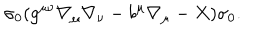
\sigma _ { 0 } ( g ^ { \mu \nu } \nabla _ { \mu } \nabla _ { \nu } - b ^ { \mu } \nabla _ { \mu } - X ) \sigma _ { 0 } .